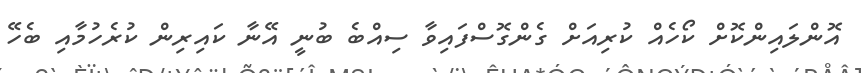
އޮންލައިންކޮށް ކޯހެއް ކުރިއަށް ގެންގޮސްފައިވާ ސިއްބެ ބުނީ އޭނާ ކައިރިން ކުރެހުމާއި ބެހޭ